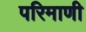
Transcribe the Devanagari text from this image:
परिमाणी